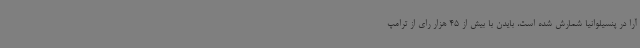
آرا در پنسیلوانیا شمارش شده است، بایدن با بیش از 45 هزار رای از ترامپ